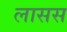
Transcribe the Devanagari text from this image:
लासस